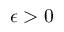
\epsilon > 0